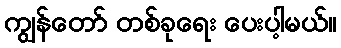
ကျွန်တော် တစ်ခုရေး ပေးပါ့မယ်။